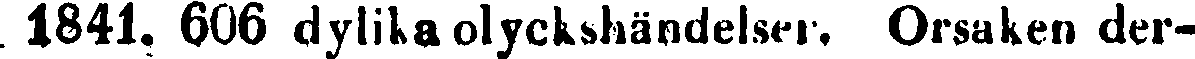
. 1841. 606 dylika olyckshändelser. Orsaken der-